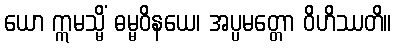
ယော ဣမသ္မိံ ဓမ္မဝိနယေ၊ အပ္ပမတ္တော ဝိဟိဿတိ။